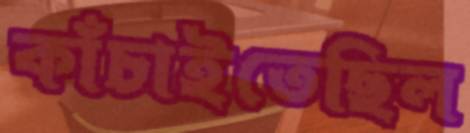
কাঁচাইতেছিল